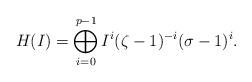
LaTeX: \begin{align*}H(I)=\bigoplus_{i=0}^{p-1} I^i(\zeta-1)^{-i}(\sigma-1)^i.\end{align*}